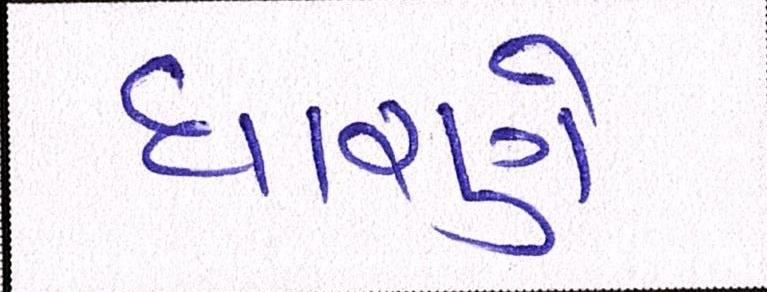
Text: ધારણે